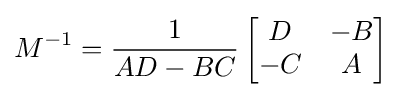
M^{-1}={\frac {1}{AD-BC}}\left[{\begin{matrix}D&-B\\-C&A\end{matrix}}\right]